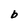
Character: b